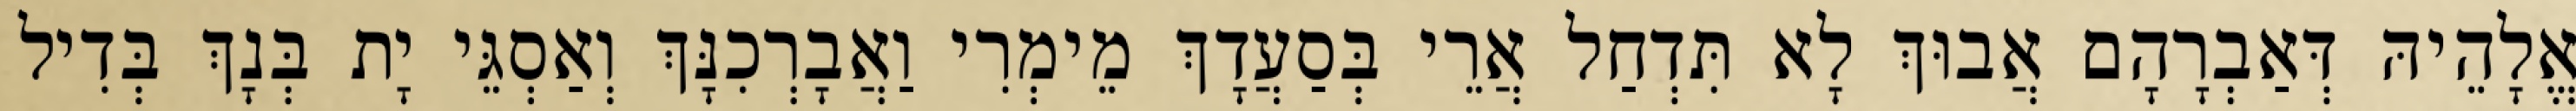
אֱלָהֵיהּ דְּאַבְרָהָם אֲבוּךְ לָא תִּדְחַל אֲרֵי בְּסַעֲדָךְ מֵימְרִי וַאֲבָרְכִנָּךְ וְאַסְגֵּי יָת בְּנָךְ בְּדִיל